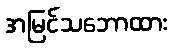
အမြင်သဘောထား